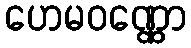
ဟေမဝဏ္ဏော